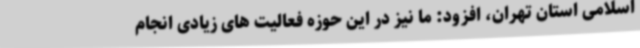
اسلامی استان تهران، افزود: ما نیز در این حوزه فعالیت های زیادی انجام